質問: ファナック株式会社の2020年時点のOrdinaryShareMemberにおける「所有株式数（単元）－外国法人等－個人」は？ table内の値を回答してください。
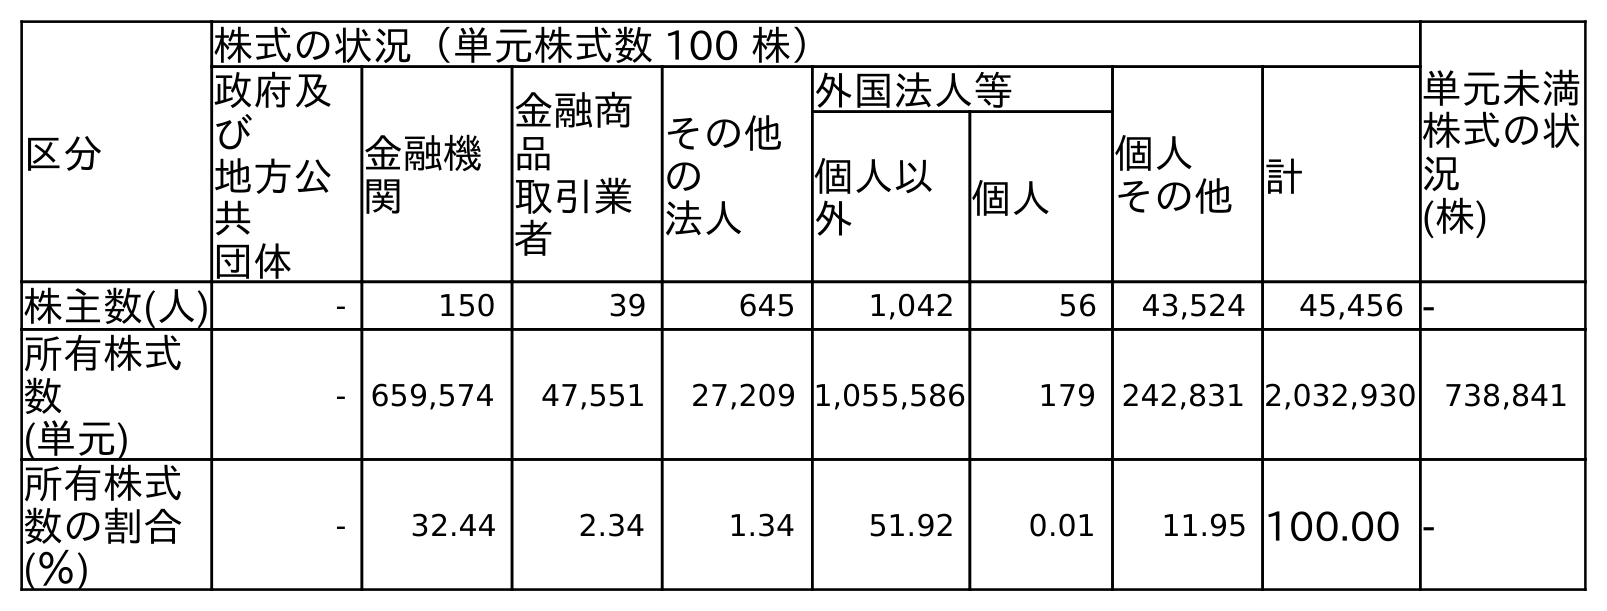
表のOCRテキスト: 区分 株式の状況（単元株式数 100 株） 単元未満 株式の状 況 (株) 政府及 び 地方公 共 団体 金融機 関 金融商 品 取引業 者 その他 の 法人 外国法人等 個人 その他計 個人以 外 個人 株主数(人) - 150 39 645 1,042 56 43,524 45,456 - 所有株式 数 (単元) - 659,574 47,551 27,209 1,055,586 179 242,831 2,032,930 738,841 所有株式 数の割合 (％) - 32.44 2.34 1.34 51.92 0.01 11.95 100.00 -
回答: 179